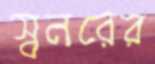
স্বনরের